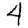
Digit: 4